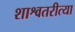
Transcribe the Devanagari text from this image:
शाश्वतरीत्या